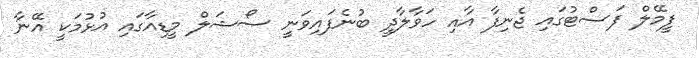
ފީމޭލް ފަސްޓުގައި ޖެނިފާ އާއި ހަވާލާދީ ބުނެފައިވަނީ ސޯޝަލް މީޑިއާގައި އުޅުމަކީ އޭނާ